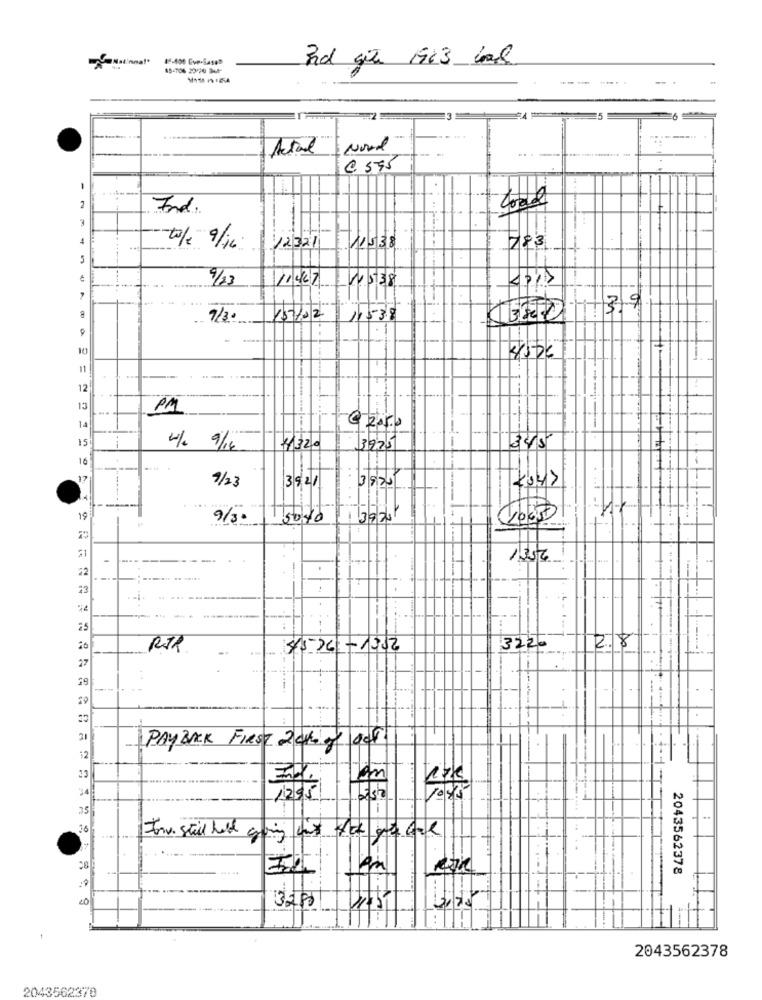
65-704 2020 Ba4-
3rd gte 1963 bad
..
Actad
Novel
.. .
@ 595
-
2
Ind.
tale 9/16 12321
783
5
11427
4538
9/23
9/30
15/02
11538
0 39
452€
--
11
12
13
PM
14
15
345
4/2 9/14
4320
3225
16
9/23
3921
kay>
--
... .
19
9/3
13270
22
.
:3
.. i
RTR
4576 - 1302
3220
2.8
27
21
PAYBACK FIRST 2016 of OUR
12
34
1295
35
-
16
:
Inv. stil held going yat 4ce gr cal
....
2043562378
3200
2043562378
2043562370